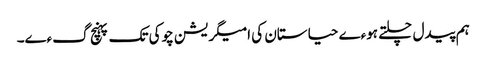
ہم پیدل چلتے ہوءے حیاستان کی امیگریشن چوکی تک پہنچ گءے۔